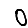
Digit: 0